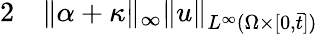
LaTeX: \begin{array}{rl}{2}&{{}\| \alpha+\kappa\| _{\infty}\| u\| _{L^{\infty}(\Omega\times[0,\bar{t}])}}\end{array}